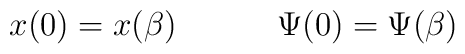
x(0)= x(\beta) \hspace{.5in} \Psi(0) = \Psi(\beta)